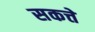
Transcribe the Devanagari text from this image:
सकत्ते